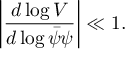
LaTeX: \left| \frac { d \log V } { d \log \bar { \psi } \psi } \right| \ll 1 .